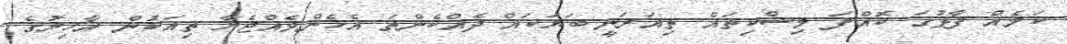
ކަމެއް ފާޅުގަ ކޮއްފަ މިސްކިތައް ތިއަރަނީ ބަޔަކައް ދެއްކެންތަ އެހެންވެއްޖެޔާ ތިއަކުން އާހިރުގެ